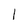
Character: 1